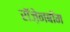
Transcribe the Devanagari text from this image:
रॉज़ेनबॉम